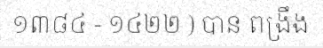
១៣៨៤ - ១៤២២ ) បាន ពង្រឹង